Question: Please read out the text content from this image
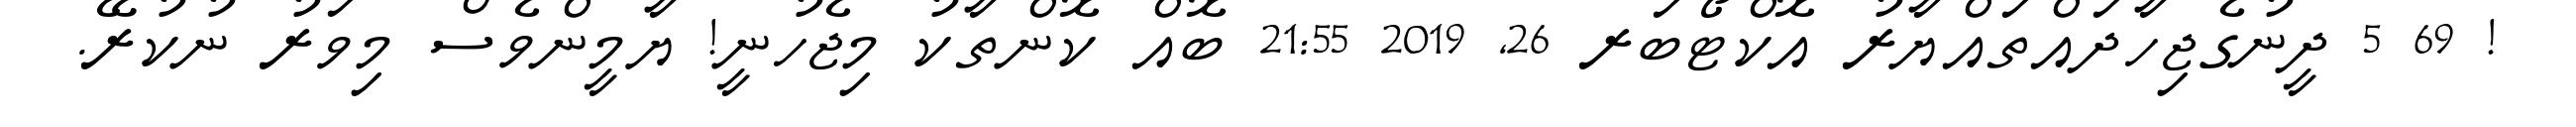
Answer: ! 69 5 ދީނުގެޖިހާދައްތައްޔާރު އޮކްޓޯބަރ 26, 2019 21:55 ބޮއް ކޮންތާކު މިޖެހުނީ! ޔާމީންވެސް މިވަރު ނުކުރޭ.